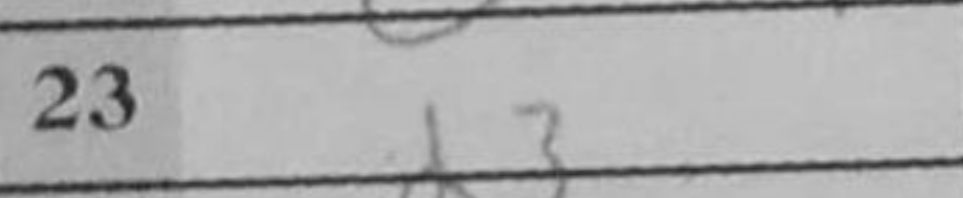
Transcription: d3